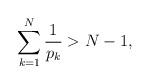
LaTeX: \begin{align*} \sum_{k = 1}^N \frac{1}{p_k} > N - 1, \end{align*}